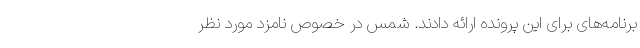
برنامه‌های برای این پرونده ارائه دادند. شمس در خصوص نامزد مورد نظر